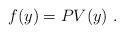
LaTeX: \begin{align*}f(y) = PV(y) \ .\end{align*}